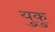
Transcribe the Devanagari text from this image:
युकु